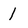
Character: 1